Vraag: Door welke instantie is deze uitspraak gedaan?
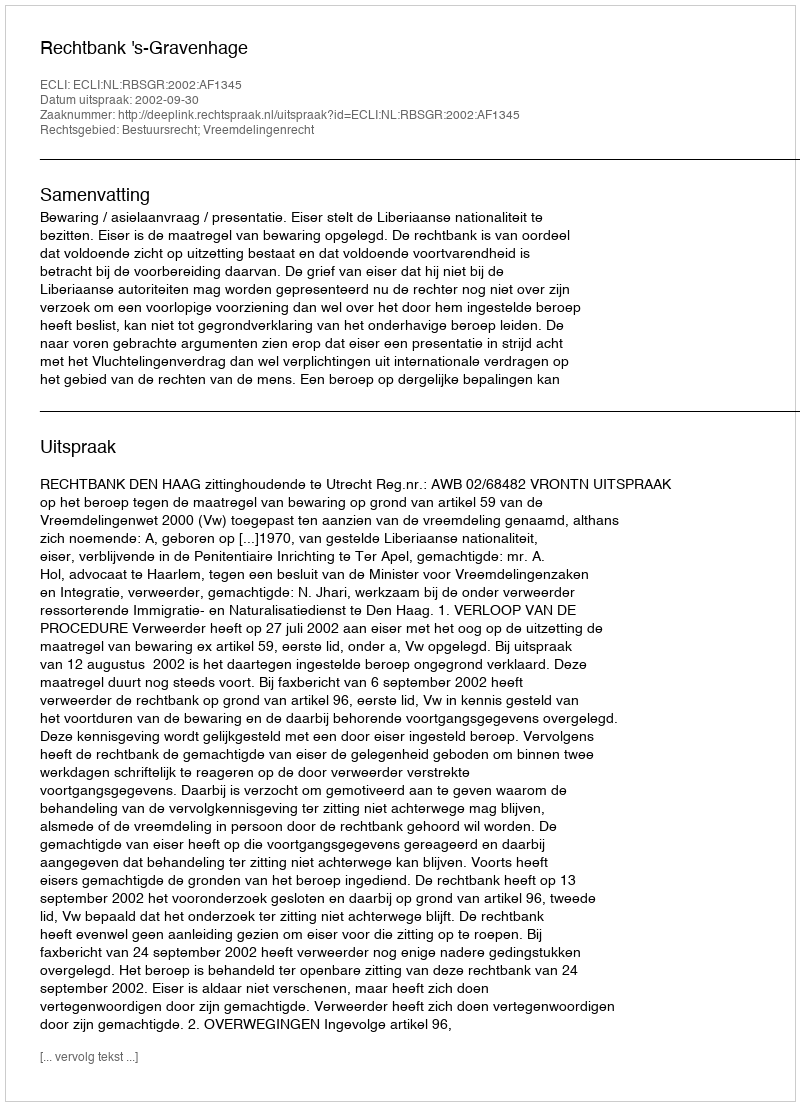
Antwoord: Rechtbank 's-Gravenhage